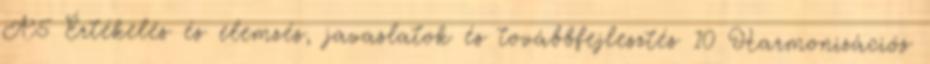
A5 Értékelés és elemzés, javaslatok és továbbfejlesztés 10 Harmonizációs